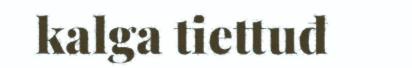
kalga tiettuđ